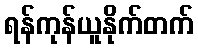
ရန်ကုန်ယူနိုက်တက်